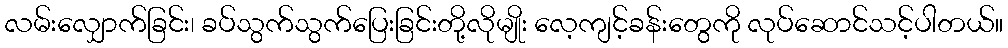
လမ်းလျှောက်ခြင်း၊ ခပ်သွက်သွက်ပြေးခြင်းတို့လိုမျိုး လေ့ကျင့်ခန်းတွေကို လုပ်ဆောင်သင့်ပါတယ်။